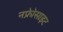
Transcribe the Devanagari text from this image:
नफ्रेोसाइट